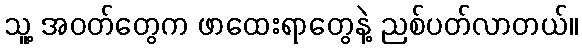
သူ့ အဝတ်တွေက ဖာထေးရာတွေနဲ့ ညစ်ပတ်လာတယ်။